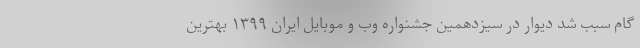
گام سبب شد دیوار در سیزدهمین جشنواره وب و موبایل ایران ۱۳۹۹ بهترین